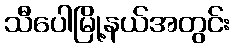
သီပေါမြို့နယ်အတွင်း